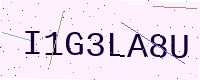
Text: I1G3LA8U